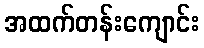
အထက်တန်းကျောင်း